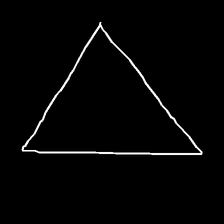
Glyph: convergence